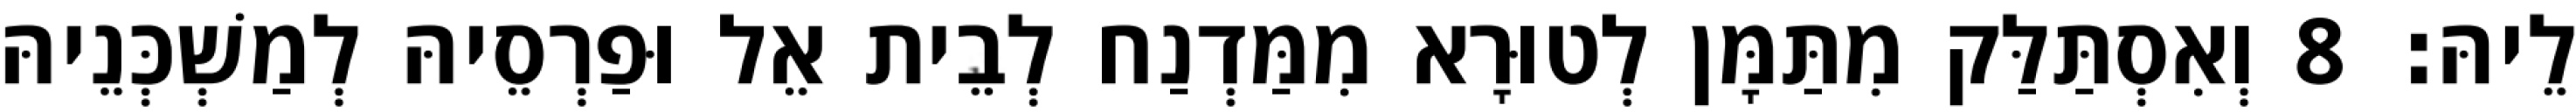
לֵיהּ׃ 8 וְאִסְתַּלַּק מִתַּמָּן לְטוּרָא מִמַּדְנַח לְבֵית אֵל וּפַרְסֵיהּ לְמַשְׁכְּנֵיהּ